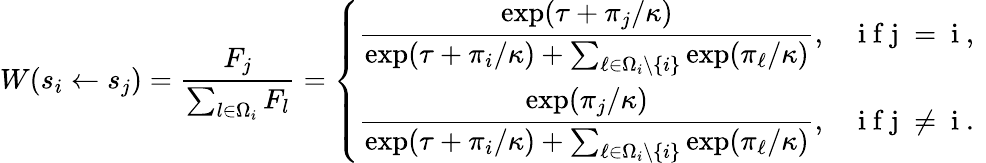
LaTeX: W(s_{i}\gets s_{j})=\frac{F_{j}}{\sum_{l\in\Omega_{i}}F_{l}}=\left\{ \begin{array}{ll}{\displaystyle{\frac{\exp(\tau+\pi_{j}/\kappa)}{\exp(\tau+\pi_{i}/\kappa)+\sum_{\ell\in\Omega_{i}\backslash\{ i\} }\exp(\pi_{\ell}/\kappa)}},}&{\mathrm{~i~f~j~=~i~,~}}\\ {\displaystyle{\frac{\exp(\pi_{j}/\kappa)}{\exp(\tau+\pi_{i}/\kappa)+\sum_{\ell\in\Omega_{i}\backslash\{ i\} }\exp(\pi_{\ell}/\kappa)}},}&{\mathrm{~i~f~j~\neq~i~.~}}\end{array}\right.